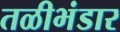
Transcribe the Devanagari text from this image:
तळीभंडार